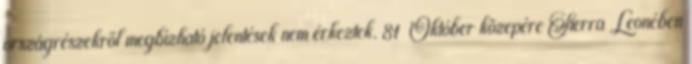
országrészekről megbízható jelentések nem érkeztek. 81 Október közepére Sierra Leonében